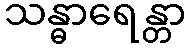
သန္ဓာရေန္တာ